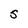
Character: S